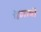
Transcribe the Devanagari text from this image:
येणाची